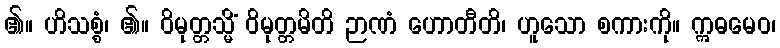
၏။ ဟိသစ္စံ၊ ၏။ ဝိမုတ္တသ္မိံ ဝိမုတ္တမိတိ ဉာဏံ ဟောတီတိ၊ ဟူသော စကားကို။ ဣဓမေဝ၊